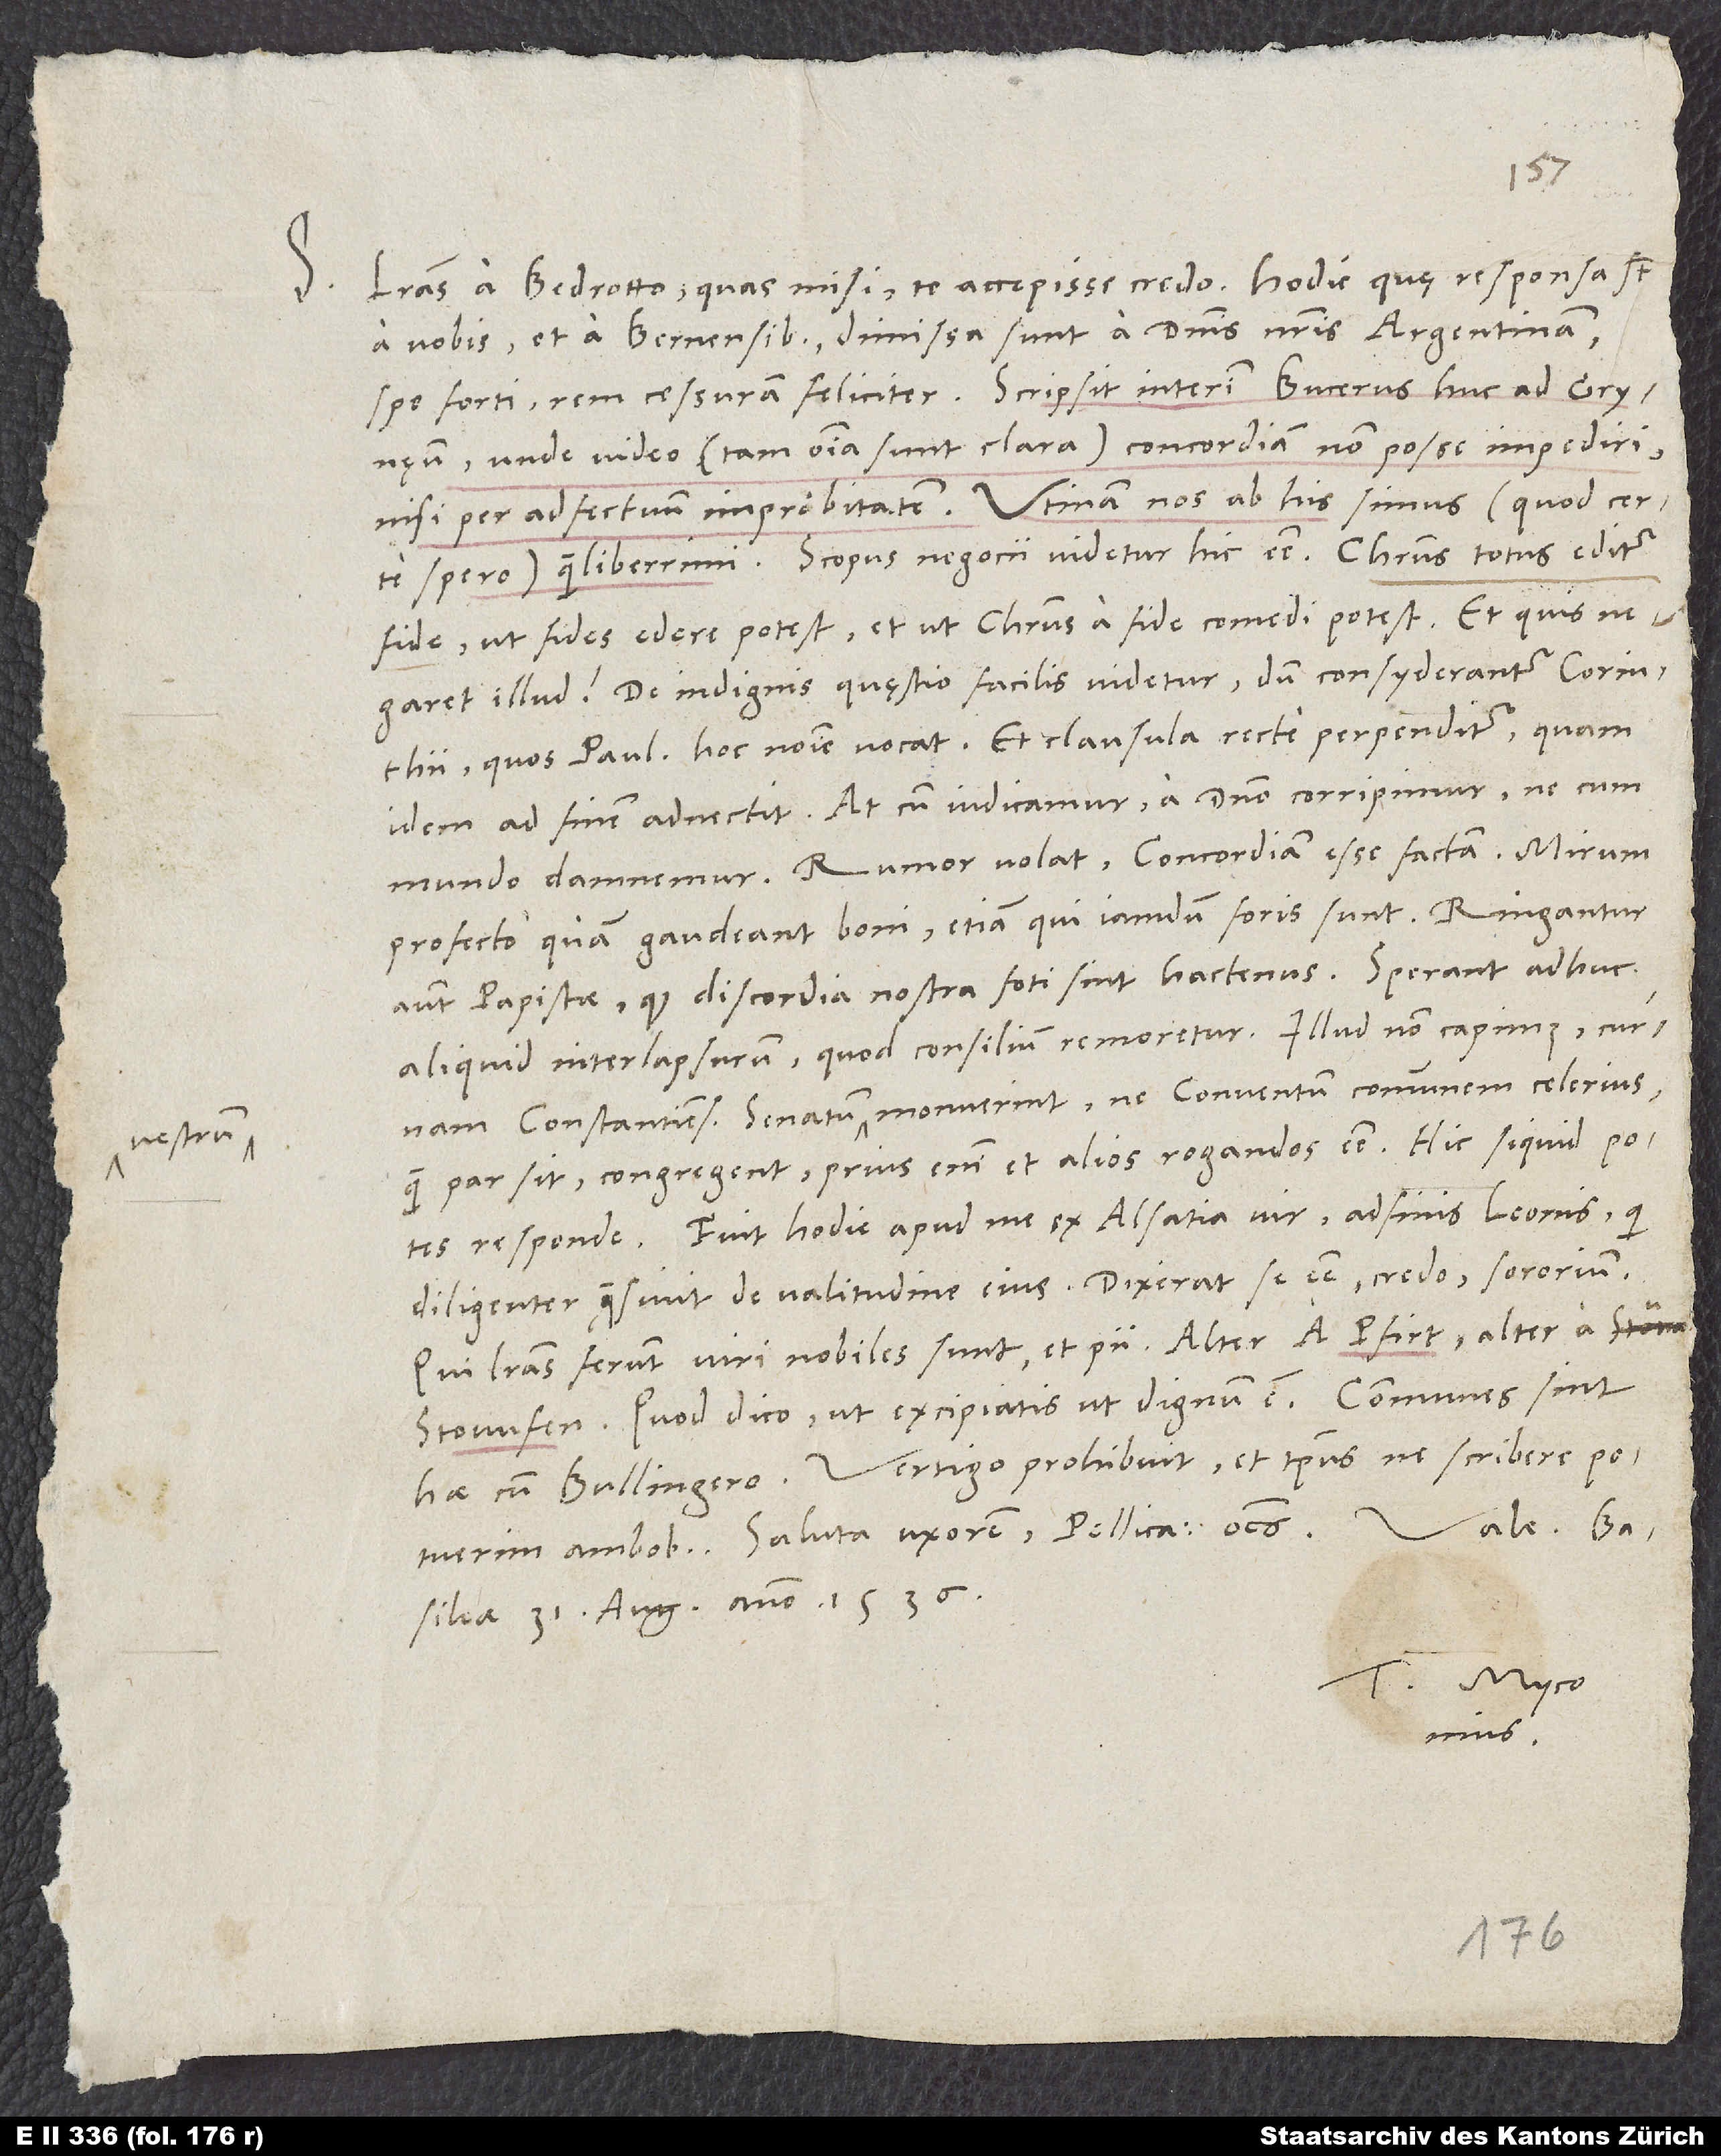
a vobis et a Bernensibus, dimissa sunt a dominis nostris Argentinam
unde video (tam omnia sunt clara) concordiam non posse impediri
nisi per adfectuum improbitatem. Utinam nos ab his simus (quod certe
spero) quam liberrimi! Scopus negocii videtur hic esse: Christus totus editur
fide, ut fides edere potest et ut Christus a fide comedi potest. Et quis
illud? De indignis quęstio facilis videtur, dum consyderantur Corinthii,
quos Paulus hoc nomine vocat, et clausula recte perpenditur, quam
idem ad finem adnectit: "At cum iudicamur, a domino corripimur, ne cum
Rumor volat concordiam esse factam. Minim
profecto, quam gaudeant boni, etiam, qui iamdum foris sunt. Ringantur
autem papistae, quod discordia nostra foti sint hactenus. Sperant adhuc
aliquid interlapsurum, quod consilium remoretur. Illud non capimus, cumam
Constantienses senatum vestrum monuerint, ne conventum communem celerius,
quam par sit, congregent; prius enim et alios rogandos esse. Hic si quid potes,
Fuit hodie apud me ex Alsatia vir, adfinis Leonis, qui
diligenter quęsivit de valitudine eius. Dixerat se esse, credo, sororium.
Qui literas ferunt, viii nobiles sunt et pu, alter a Pfirt, alter a
hae cum Bullingero. Vertigo prohibuit et tempus, ne scribere potuerim
Saluto uxorem, Pellicanum, omnes. Vale.
Basileae, 31. augusti anno 1536.